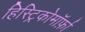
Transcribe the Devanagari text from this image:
हिस्ट्रिकोमॉर्फ़ा